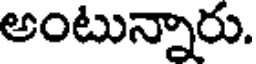
అంటున్నారు.